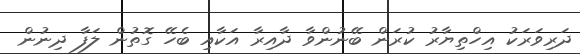
ދަރިވަރަކު އިހްތިޔާރު ކުރަން ބޭނުންވާ ދާއިރާ އަކާއި ބެހޭ ގޮތުން ލަފާ ދިނުން